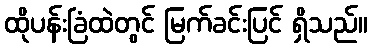
ထိုပန်းခြံထဲတွင် မြက်ခင်းပြင် ရှိသည်။